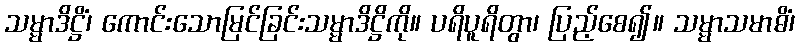
သမ္မာဒိဋ္ဌိံ၊ ကောင်းသောမြင်ခြင်းသမ္မာဒိဋ္ဌိကို။ ပရိပူရိတွာ၊ ပြည့်စေ၍။ သမ္မာသမာဓိံ၊